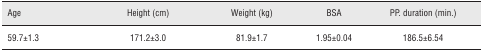
| Age | Height (cm) | Weight (kg) | BSA | PP. duration (min.) |
 | --- | --- | --- | --- | --- |
 | 59.7±1.3 | 171.2±3.0 | 81.9±1.7 | 1.95±0.04 | 186.5±6.54 |